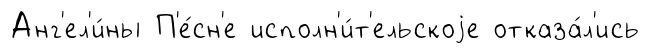
Анг'ел'и́ны П'е́сн'е исполн'и́т'ельскоjе отказа́л'ись